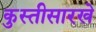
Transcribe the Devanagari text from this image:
कुस्तीसारखे